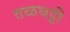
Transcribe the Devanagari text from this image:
तळघट्टी